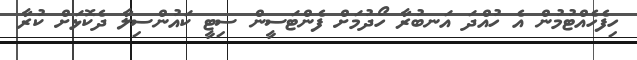
ހިފެހެއްޓުމުން އެ ހުއްދަ އަނބުރާ ހޯދުމަށް ފެންޓަސީން ސިޓީ ކައުންސިލާ ދެކޮޅަށް ކުރާ